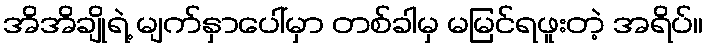
အိအိချိုရဲ့ မျက်နှာပေါ်မှာ တစ်ခါမှ မမြင်ရဖူးတဲ့ အရိပ်။